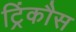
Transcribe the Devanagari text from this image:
ट्रिंकौस